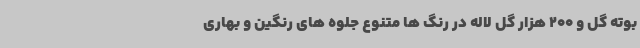
بوته گل و 200 هزار گل لاله در رنگ ها متنوع جلوه های رنگین و بهاری